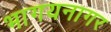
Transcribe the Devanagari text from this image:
भागयनागर